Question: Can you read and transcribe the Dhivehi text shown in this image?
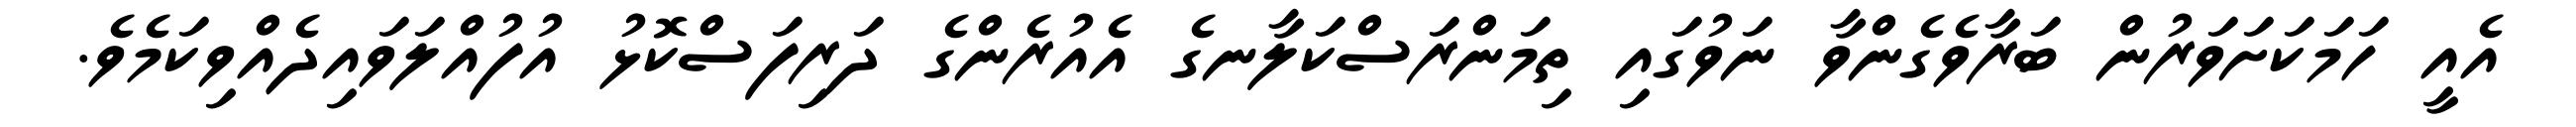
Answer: އެއީ ހަމަކަށަވަރުން ބަރާވެގެންވާ ނަވުގައި ތިމަންރަސްކަލާނގެ އެއުރެންގެ ދަރިފަސްކޮޅު އުފުއްލަވައިދެއްވިކަމެވެ.